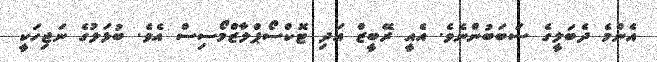
އެންމެ ދެބަލީގެ ސަބަބުންނެވެ. އެއީ ރޭބީޒް އަދި ޓޮކްސޯޕްލާޒްމޯސިސް އެވެ. ބުޅަލުގެ ނަޖިހަކީ